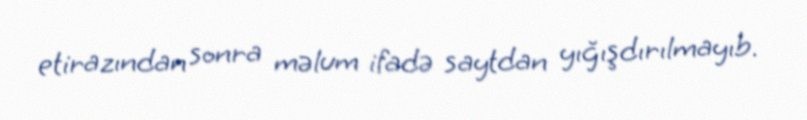
etirazından sonra məlum ifadə saytdan yığışdırılmayıb.